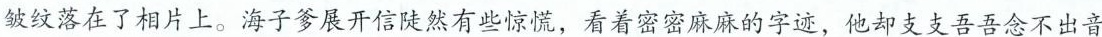
皱纹落在了相片上。海子爹展开信陡然有些惊慌，看着密密麻麻的字迹，他却支支吾吾念不出音